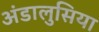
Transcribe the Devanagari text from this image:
अंडालुसिया